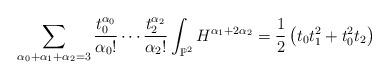
LaTeX: \begin{align*} \sum_{\alpha_0 + \alpha_1 + \alpha_2 = 3} \frac{t_0^{\alpha_0}}{\alpha_0!} \cdots \frac{t_2^{\alpha_2}}{\alpha_2!} \int_{\mathbb{P}^2} H^{\alpha_1 + 2 \alpha_2} = \frac{1}{2} \left(t_0 t_1^2 + t_0^2 t_2 \right) \end{align*}